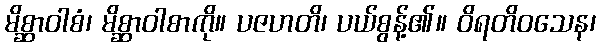
မိစ္ဆာဝါစံ၊ မိစ္ဆာဝါစာကို။ ပဇဟတိ၊ ပယ်စွန့်၏။ ဝိရတိဝသေန၊